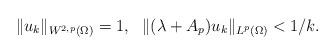
LaTeX: \begin{align*}\|u_k\|_{W^{2,p}(\Omega)}=1,~~\|(\lambda+A_p)u_k\|_{L^p(\Omega)}<1/k. \end{align*}